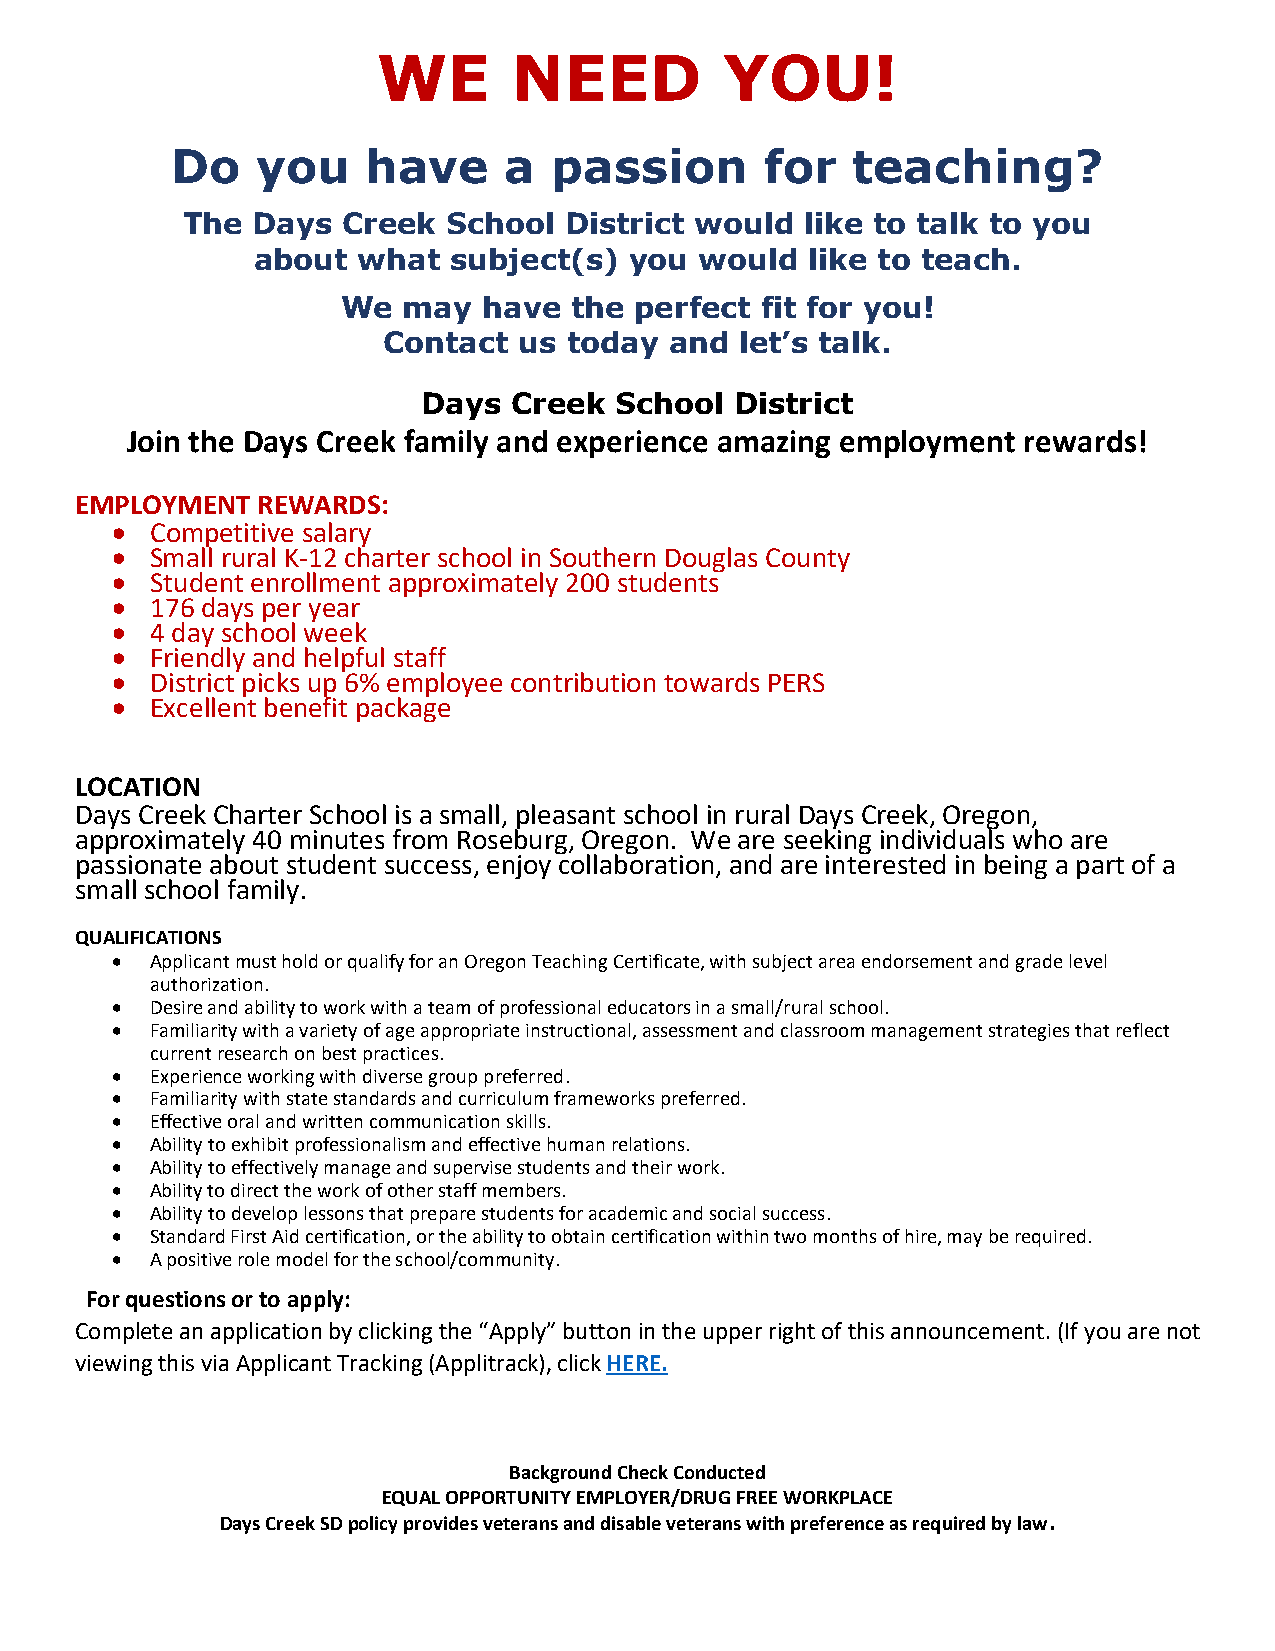
WE       NEED          YOU!
 Do    you    have     a   passion       for  teaching?
 The  Days  Creek  School District would  like to talk to you
 about  what  subject(s)  you would   like to teach.
 We  may  have  the perfect fit for you!
 Contact  us  today and  let’s talk.
 Days  Creek  School  District
 Join the Days Creek family and experience amazing employment rewards!
 EMPLOYMENT  REWARDS:
 •  Competitive salary
 •  Small rural K-12 charter school in Southern Douglas County
 •  Student enrollment approximately 200 students
 •  176 days per year
 •  4 day school week
 •  Friendly and helpful staff
 •  District picks up 6% employee contribution towards PERS
 •  Excellent benefit package
 LOCATION
 Days Creek Charter School is a small, pleasant school in rural Days Creek, Oregon,
 approximately 40 minutes from Roseburg, Oregon. We are seeking individuals who are
 passionate about student success, enjoy collaboration, and are interested in being a part of a
 small school family.
 QUALIFICATIONS
 •  Applicant must hold or qualify for an Oregon Teaching Certificate, with subject area endorsement and grade level
 authorization.
 •  Desire and ability to work with a team of professional educators in a small/rural school.
 •  Familiarity with a variety of age appropriate instructional, assessment and classroom management strategies that reflect
 current research on best practices.
 •  Experience working with diverse group preferred.
 •  Familiarity with state standards and curriculum frameworks preferred.
 •  Effective oral and written communication skills.
 •  Ability to exhibit professionalism and effective human relations.
 •  Ability to effectively manage and supervise students and their work.
 •  Ability to direct the work of other staff members.
 •  Ability to develop lessons that prepare students for academic and social success.
 •  Standard First Aid certification, or the ability to obtain certification within two months of hire, may be required.
 •  A positive role model for the school/community.
 For questions or to apply:
 Complete an application by clicking the “Apply” button in the upper right of this announcement. (If you are not
 viewing this via Applicant Tracking (Applitrack), click HERE.
 Background Check Conducted
 EQUAL OPPORTUNITY EMPLOYER/DRUG FREE WORKPLACE
 Days Creek SD policy provides veterans and disable veterans with preference as required by law.